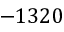
- 1 3 2 0